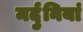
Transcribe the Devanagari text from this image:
मर्दुनियां